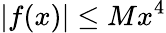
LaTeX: |f(x)|\leq Mx^{4}